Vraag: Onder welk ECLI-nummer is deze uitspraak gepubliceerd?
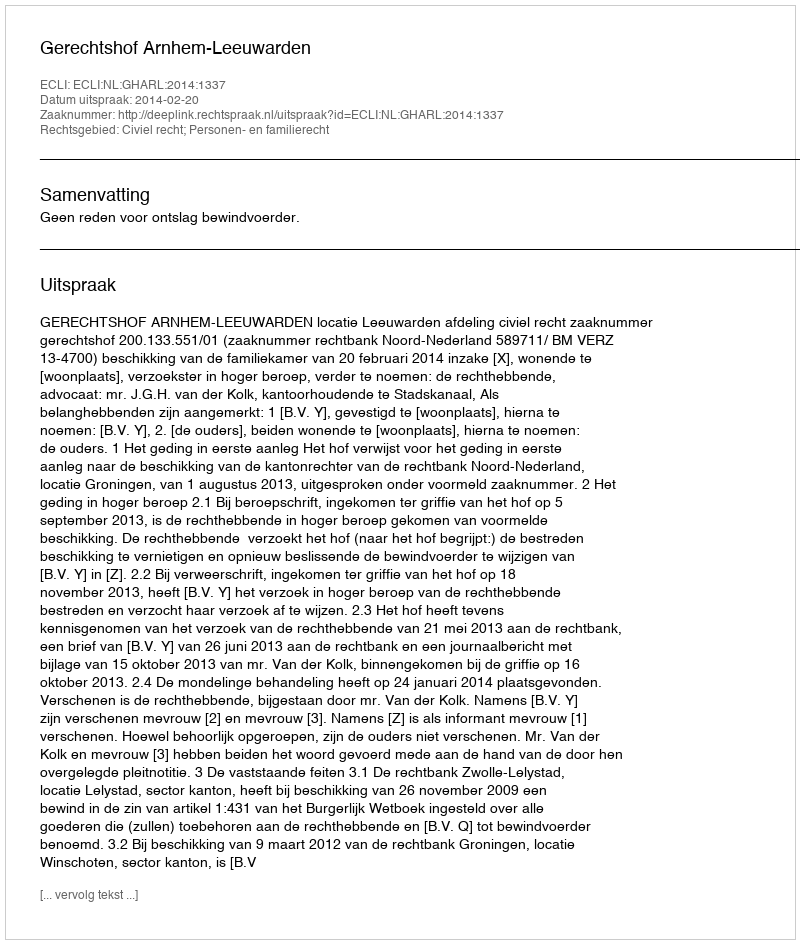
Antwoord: ECLI:NL:GHARL:2014:1337